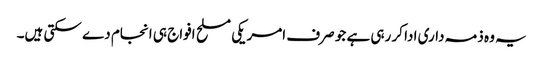
یہ وہ ذمہ داری ادا کر رہی ہے جو صرف امریکی مسلح افواج ہی انجام دے سکتی ہیں۔